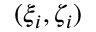
( \xi _ { i } , \zeta _ { i } )